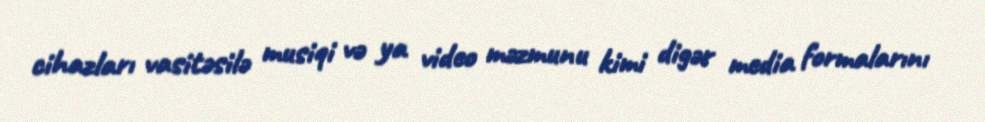
cihazları vasitəsilə musiqi və ya video məzmunu kimi digər media formalarını